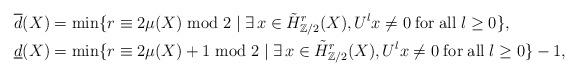
LaTeX: \begin{align*}\overline{d}(X) &= \mathrm{min}\{ r \equiv 2\mu(X) \;\mathrm{mod}\; 2 \mid \exists \, x \in \tilde{H}^r_{\mathbb{Z}/2}(X), U^lx \neq 0 \; \mathrm{ for\; all} \; l \geq 0 \}, \\ \underline{d}(X) &= \mathrm{min}\{ r \equiv 2\mu(X)+1 \;\mathrm{mod}\; 2 \mid \exists \, x \in \tilde{H}^r_{\mathbb{Z}/2}(X), U^lx \neq 0 \; \mathrm{for\; all}\; l \geq 0 \}-1,\end{align*}